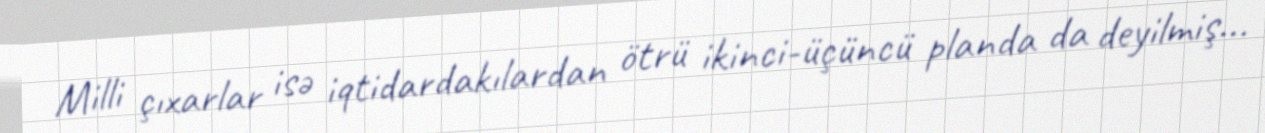
Milli çıxarlar isə iqtidardakılardan ötrü ikinci-üçüncü planda da deyilmiş...